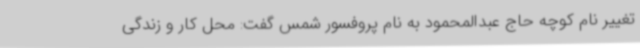
تغییر نام کوچه حاج عبدالمحمود به نام پروفسور شمس گفت: محل کار و زندگی